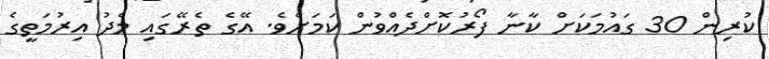
ކުރިން 30 ގައުމަކަށް ކާނާ ފޯރުކޮށްދެއްވުން ކަމަށެވެ. އޭގެ ތެރޭގައި މެދު އިރުމަތީގެ